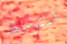
المتوسط